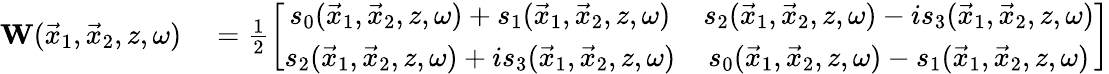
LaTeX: \begin{array}{rl}{{\mathbf W}(\vec{x}_{1},\vec{x}_{2},z,\omega)}&{{}=\frac{1}{2}\left[\begin{array}{cc}{s_{0}(\vec{x}_{1},\vec{x}_{2},z,\omega)+s_{1}(\vec{x}_{1},\vec{x}_{2},z,\omega)}&{s_{2}(\vec{x}_{1},\vec{x}_{2},z,\omega)-is_{3}(\vec{x}_{1},\vec{x}_{2},z,\omega)}\\ {s_{2}(\vec{x}_{1},\vec{x}_{2},z,\omega)+is_{3}(\vec{x}_{1},\vec{x}_{2},z,\omega)}&{s_{0}(\vec{x}_{1},\vec{x}_{2},z,\omega)-s_{1}(\vec{x}_{1},\vec{x}_{2},z,\omega)}\end{array}\right]}\end{array}